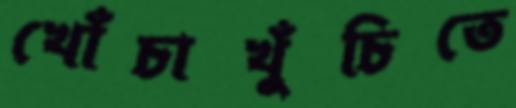
খোঁচাখুঁচিতে